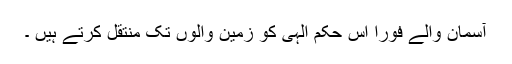
آسمان والے فوراً اس حکم الٰہی کو زمین والوں تک منتقل کرتے ہیں ۔